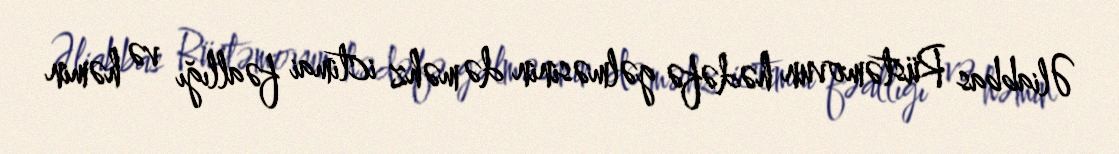
Əliabbas Rüstəmovun hədəfə gəlməsinin də məhz ictimai fəallığı və həmin